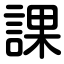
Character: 課